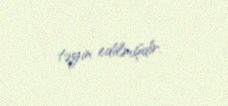
təyin edilmişdir.